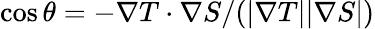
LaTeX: \cos{\theta}=-\nabla T\cdot\nabla S/(|\nabla T||\nabla S|)